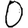
Digit: 0